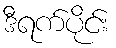
ဒီရက်ပိုင်း